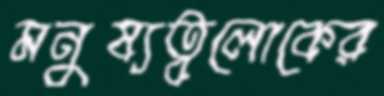
মনুষ্যত্বলোকের